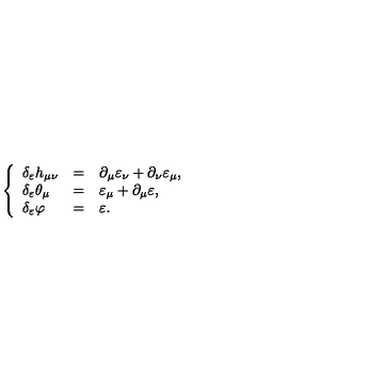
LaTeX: \left\{ \begin{array} { l l l } { \delta _ { \varepsilon } h _ { \mu \nu } } & { = } & { \partial _ { \mu } \varepsilon _ { \nu } + \partial _ { \nu } \varepsilon _ { \mu } , } \\ { \delta _ { \varepsilon } \theta _ { \mu } } & { = } & { \varepsilon _ { \mu } + \partial _ { \mu } \varepsilon , } \\ { \delta _ { \varepsilon } \varphi } & { = } & { \varepsilon . } \\ \end{array} \right.